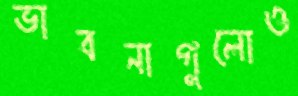
ভাবনাগুলোও